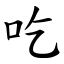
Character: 吃